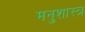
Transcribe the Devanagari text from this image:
मनुशास्त्र